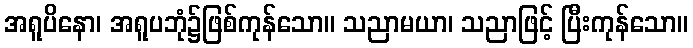
အရူပိနော၊ အရူပဘုံ၌ဖြစ်ကုန်သော။ သညာမယာ၊ သညာဖြင့် ပြီးကုန်သော။